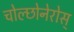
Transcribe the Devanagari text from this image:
चोल्छोनेरोस्